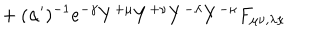
LaTeX: { } + ( \alpha ^ { \prime } ) ^ { - 1 } e ^ { - \gamma } Y ^ { + \mu } Y ^ { + \nu } Y ^ { - \lambda } Y ^ { - \kappa } F _ { \mu \nu , \lambda \kappa }